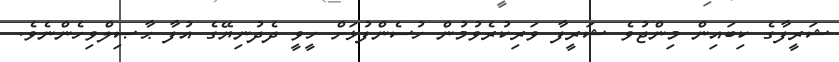
ޝަރީފާގެ ކިބައިން މިންޖުވެ ޝަރީފާ ވަރިކުރެވުމުން ހުސެންފުޅަށް ހީވީ ދެދުނިޔޭގެ އުފާ ޙާޞިލްވިހެންނެވެ.